Specificity of antivenomous sera (second communication) - Number 10
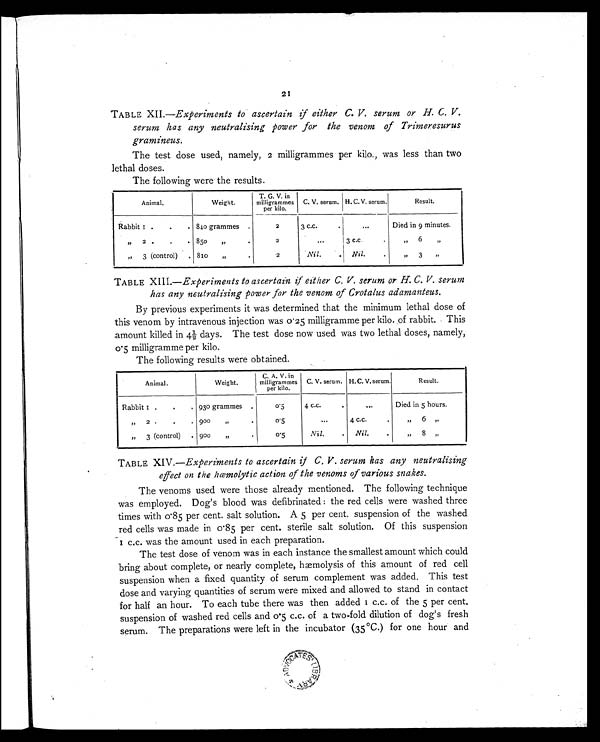
2I
TABLE XII.—Experiments to ascertain if either C. V. serum or H. C. V.
serum has any neutralising power for the venom of Trimeresurus
gramineus.
The test dose used, namely, 2 milligrammes per kilo., was less than two
lethal doses.
The following were the results.
Animal.
Weight.
T. G. V. in
milligrammes
per kilo.
C. V. serum. H. C. V. serum.
Result.
Rabbit 1 .
.
. 8.40 grammes
.
2
3 c.c.
..
Died in 9 minutes.
" 2 .
.
. 85o
"
.
2
. . .
3 C.C..
" 6
"
" 3 (control)
. 810
"
.
2
Nil.
. Nil.
.
" 3
"
TABLE XIII.—Experiments to ascertain if either C. V. serum or H. C. V. serum
has any neutralising power for the venom of Crotalus adamanteus.
By previous experiments it was determined that the minimum lethal dose of
this venom by intravenous injection was 0'25 milligramme per kilo. of rabbit. This
a mount ki l l e d i n 4 1/ 2 da ys . The t e s t dos e now us e d wa s t wo l e t ha l dos e s , na me l y,
0.5 milligramme per kilo.
The following results were obtained.
Animal.
Weight.
C. A. V. in
milligrammes
per kilo.
C. V. serum. H. C. V. serum.
Result.
Rabbit I .
.
. 930 grammes .
0.5
4 c.c..
...
Died in 5 hours.
" 2 .
.
. 900
„
.
0.5
...
4 c.c .
.
" 6 "
" 3 (control)
. 900
0.5
Nil.
.
Nil.
.
"
8 "
TABLE XIV .—Experiments to ascertain if C. V. serum has any neutralising
effect on the hemolytic action of the venoms of various snakes.
The venoms used were those already mentioned. The following technique
was employed. Dog's blood was defibrinated : the red cells were washed three
times with 0.85 per cent. salt solution. A 5 per cent. suspension of the washed
red cells was made in 0.85 per cent. sterile salt solution. Of this suspension
1c.c. was the amount used in each preparation.
The test dose of venom was in each instance the smallest amount which could
bring about complete, or nearly complete, hæmolysis of this amount of red cell
suspension when a fixed quantity of serum complement was added. This test
dose and varying quantities of serum were mixed and allowed to stand in contact
for half an hour. To each tube there was then added I c.c. of the 5 per cent.
suspension of washed red cells and 0.5 c.c. of a two-fold dilution of dog's fresh
serum. The preparations were left in the incubator (35°C.) for one hour and